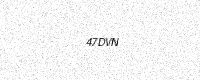
Text: 47DVN